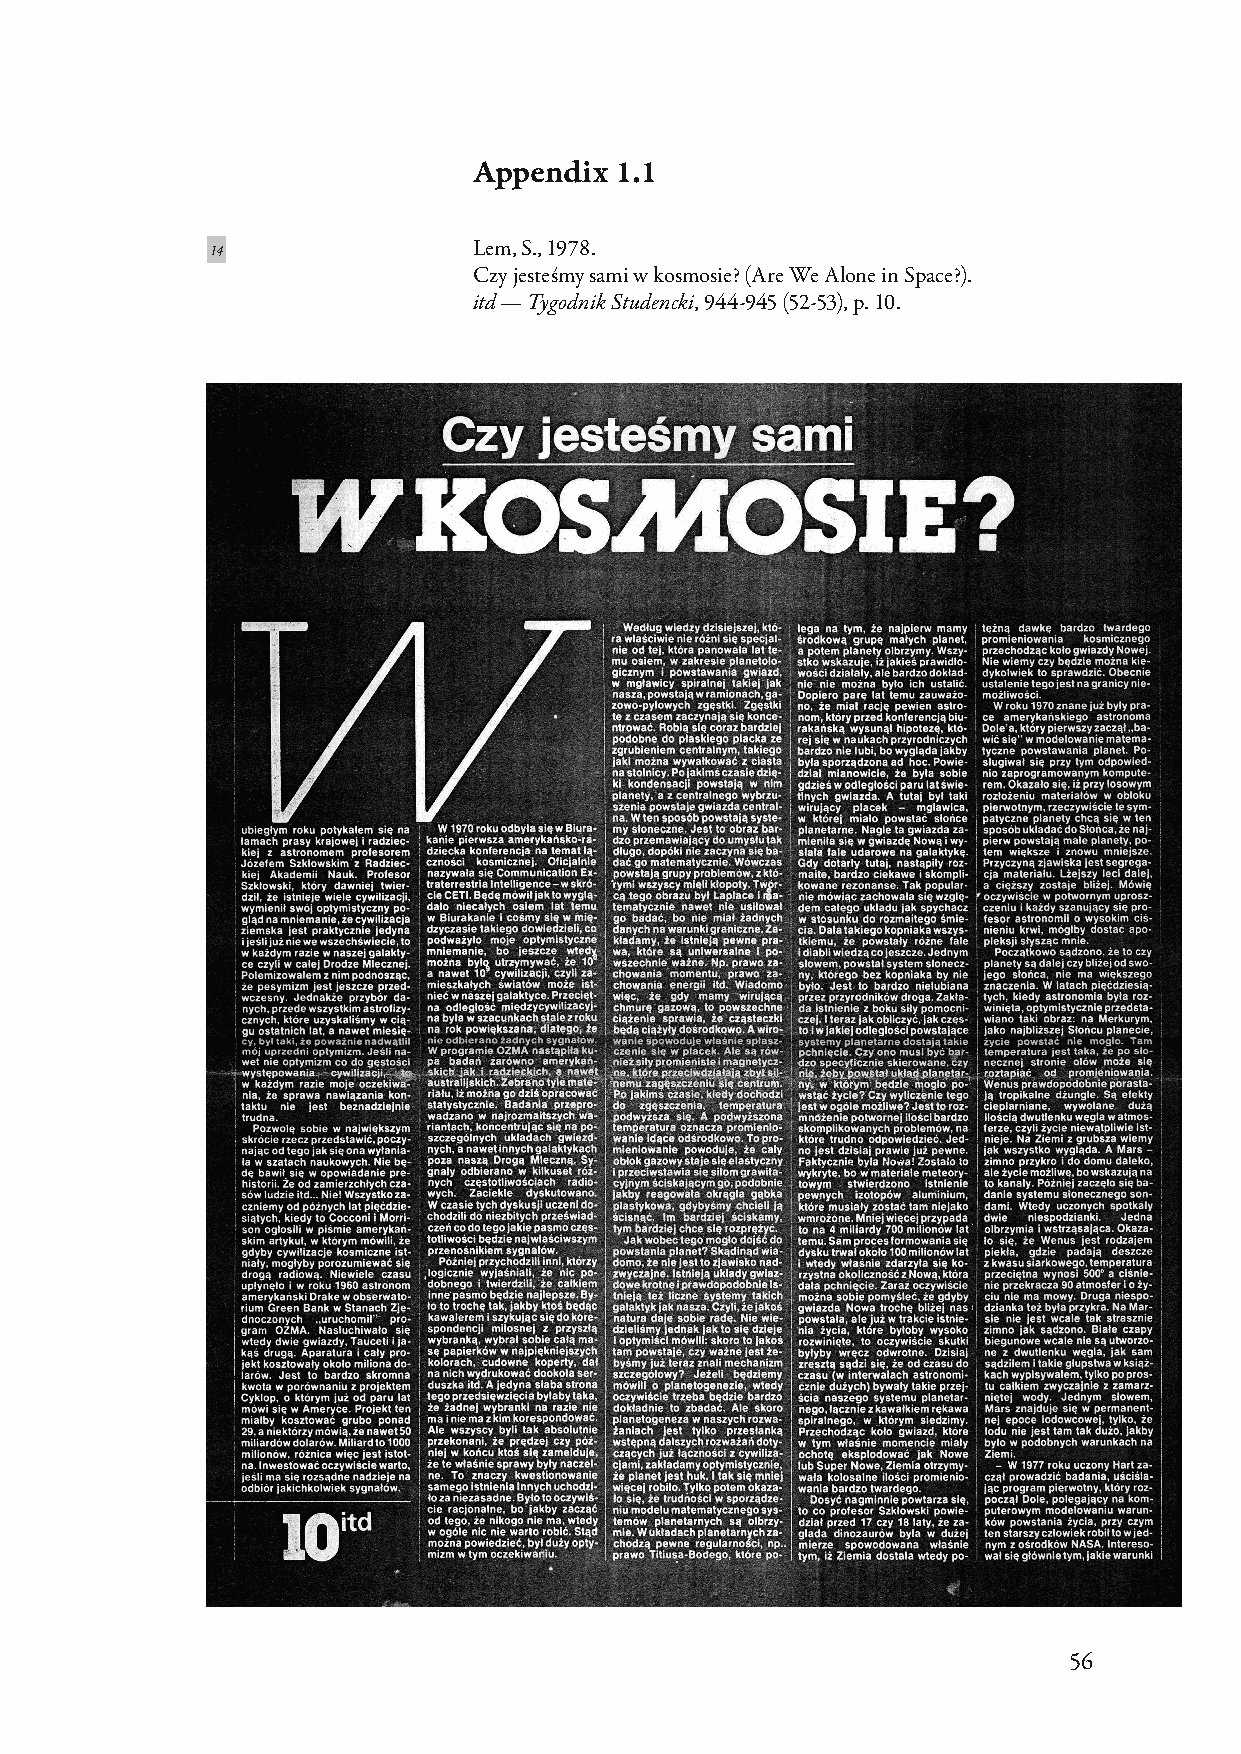
Appendix  1.1
 Lem, S., 1978.
 14
 Czy jesteśmy sami w kosmosie? (Are We Alone in Space?).
 itd — Tygodnik Studencki, 944-945 (52-53), p. 10.
 56